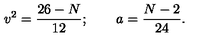
v ^ { 2 } = \frac { 2 6 - N } { 1 2 } ; \qquad a = \frac { N - 2 } { 2 4 } .